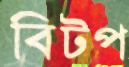
বিটপ